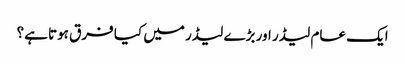
ایک عام لیڈر اور بڑے لیڈر میں کیا فرق ہوتا ہے؟